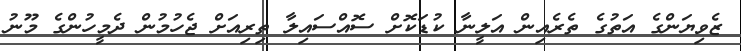
ޒެވިޔަންގެ އަތުގެ ތެރެއިން އަލީނާ ކުޑަކޮށް ސޮއްސައިލާ ތިރިއަށް ޖެހުމުން ދެމީހުންގެ މޫނު